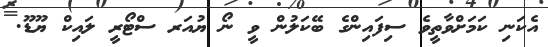
އެކަނި ކަމަށްވާތީވެ ސިފައިންގެ ބޭކަލުން ވީ ނޯ ޔުއަރ ސްޓޯރީ ލައިކް ޔޫޑޫ.